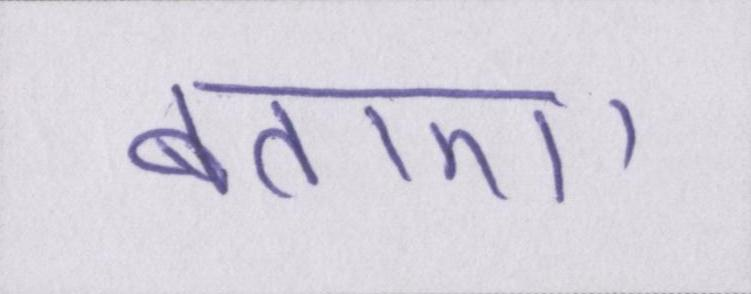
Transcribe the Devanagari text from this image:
बताए।